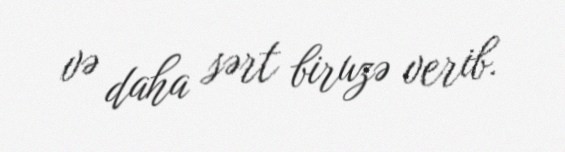
və daha sərt biruzə verib.